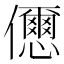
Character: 𠑓